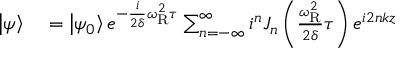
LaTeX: \begin{array} { r l } { \left| \psi \right\rangle } & { { } = \left| \psi _ { 0 } \right\rangle e ^ { - { \frac { i } { 2 \delta } } \omega _ { \mathrm { R } } ^ { 2 } \tau } \sum _ { n = - \infty } ^ { \infty } i ^ { n } J _ { n } \left( { \frac { \omega _ { \mathrm { R } } ^ { 2 } } { 2 \delta } } \tau \right) e ^ { i 2 n k z } } \end{array}